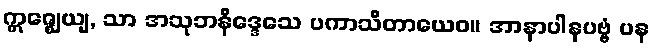
ဣဇ္ဈေယျ, သာ အသုဘနိဒ္ဒေသေ ပကာသိတာယေဝ။ အာနာပါနပဗ္ဗံ ပန